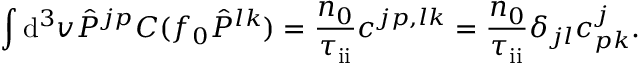
\int \mathrm { d } ^ { 3 } v \hat { P } ^ { j p } C ( f _ { 0 } \hat { P } ^ { l k } ) = \frac { n _ { 0 } } { \tau _ { \mathrm { i i } } } c ^ { j p , l k } = \frac { n _ { 0 } } { \tau _ { \mathrm { i i } } } \delta _ { j l } c _ { p k } ^ { j } .